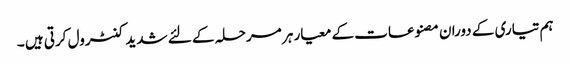
ہم تیاری کے دوران مصنوعات کے معیار ہر مرحلہ کے لئے شدید کنٹرول کرتی ہیں ۔